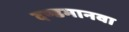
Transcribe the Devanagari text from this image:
दण्डमानवा